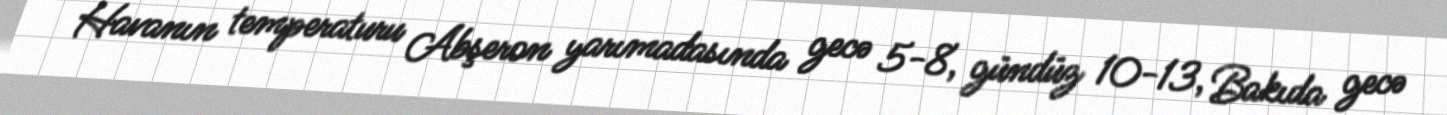
Havanın temperaturu Abşeron yarımadasında gecə 5-8, gündüz 10-13, Bakıda gecə